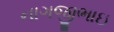
નાગજીભાઇ